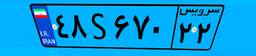
۴۸S۶۷۰۲۲